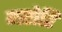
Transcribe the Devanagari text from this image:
मरोरि